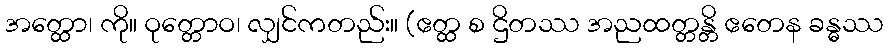
အတ္ထော၊ ကို။ ဝုတ္တောဝ၊ လျှင်ကတည်း။ (ဧတ္ထ စ ဌိတဿ အညထတ္တန္တိ ဧတေန ခန္ဓဿ